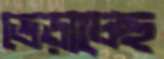
ভেড়াচ্ছে